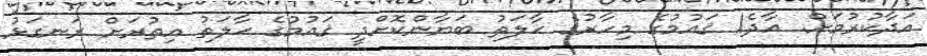
އަދާކުރުމަށް. އާދެ! ޤައުމުގެ މިހާރުގެ ޙާލަތު ބަޔާންކޮށްދީ ޤައުމުގެ ޙާލަތު އިތުރަށް ރަނގަޅު